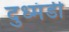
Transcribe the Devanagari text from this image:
दुध्मंडी